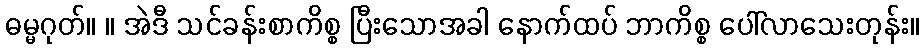
ဓမ္မဂုတ်။ ။ အဲဒီ သင်ခန်းစာကိစ္စ ပြီးသောအခါ နောက်ထပ် ဘာကိစ္စ ပေါ်လာသေးတုန်း။